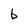
Character: b